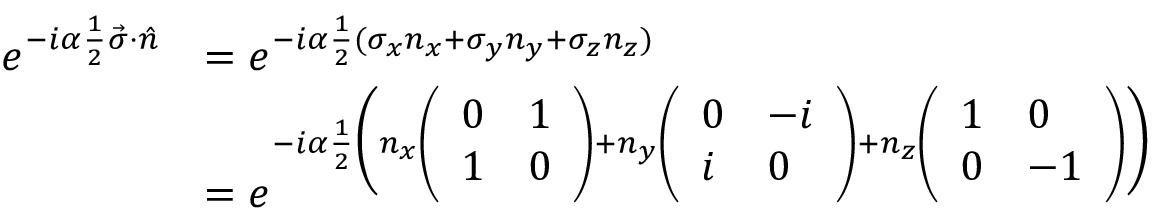
\begin{array} { r l } { e ^ { - i \alpha { \frac { 1 } { 2 } } \vec { \sigma } \cdot \hat { n } } } & { = e ^ { - i \alpha { \frac { 1 } { 2 } } ( \sigma _ { x } n _ { x } + \sigma _ { y } n _ { y } + \sigma _ { z } n _ { z } ) } } \\ & { = e ^ { - i \alpha { \frac { 1 } { 2 } } \bigg ( n _ { x } \left( \begin{array} { l l } { 0 } & { 1 } \\ { 1 } & { 0 } \end{array} \right) + n _ { y } \left( \begin{array} { l l } { 0 } & { - i } \\ { i } & { 0 } \end{array} \right) + n _ { z } \left( \begin{array} { l l } { 1 } & { 0 } \\ { 0 } & { - 1 } \end{array} \right) \bigg ) } } \end{array}